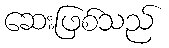
ဆေးဖြစ်သည်